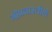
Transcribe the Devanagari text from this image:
गोप्रचारतीर्थ